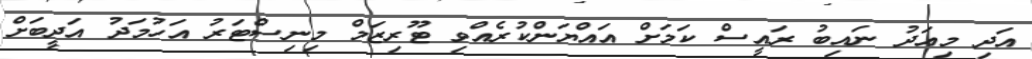
އަދި މިއަދު ނައިބު ރައީސް ކަމަށް އައްޔަންކުރެއްވި ޓޫރިޒަމް މިނިސްޓަރު އަހުމަދު އަދީބަށް